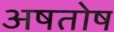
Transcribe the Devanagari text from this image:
अषतोष